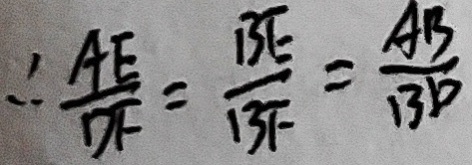
\therefore \frac { A E } { A F } = \frac { B E } { B F } \frac { A B } { B D }